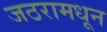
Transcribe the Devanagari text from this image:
जठरामधून